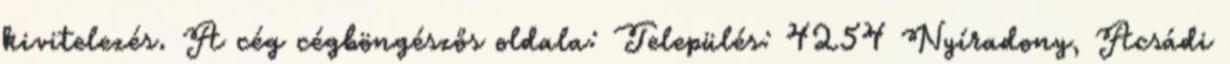
kivitelezés. A cég cégböngészős oldala: Település: 4254 Nyíradony, Acsádi